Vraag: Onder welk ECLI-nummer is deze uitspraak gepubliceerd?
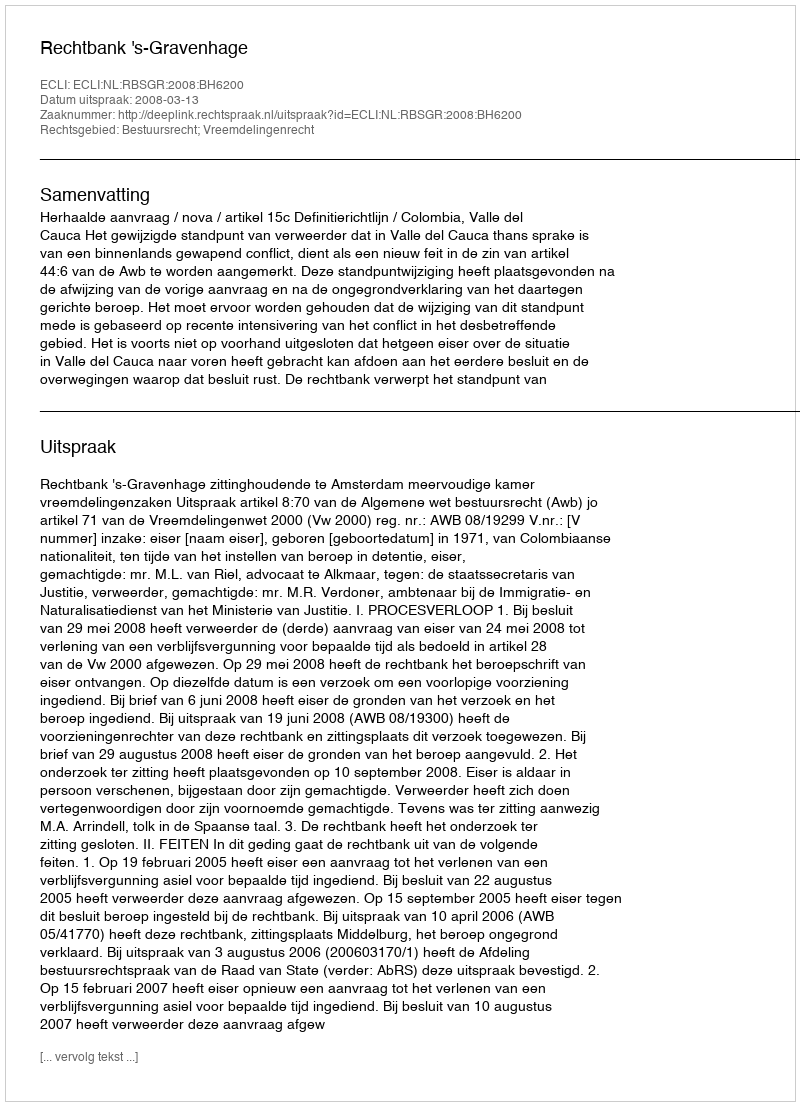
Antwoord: ECLI:NL:RBSGR:2008:BH6200